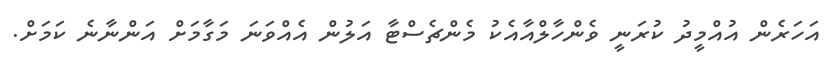
އަހަރެން އުއްމީދު ކުރަނީ ވެންހާލްއާއެކު މެންޗެސްޓާ އަލުން އެއްވަނަ މަގާމަށް އަންނާނެ ކަމަށް.